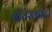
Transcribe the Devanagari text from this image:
गोयेरकाटा